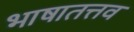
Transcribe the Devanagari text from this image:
भाषातत्तव